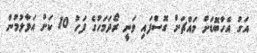
އަގު އެހާބޮޑަށް މައްޗަށް ގޮސްފައި ވަނީ ރޯދަމަހުގެ ފަހު 10 ކަށް އަޅާލުމުން